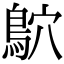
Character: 鴥